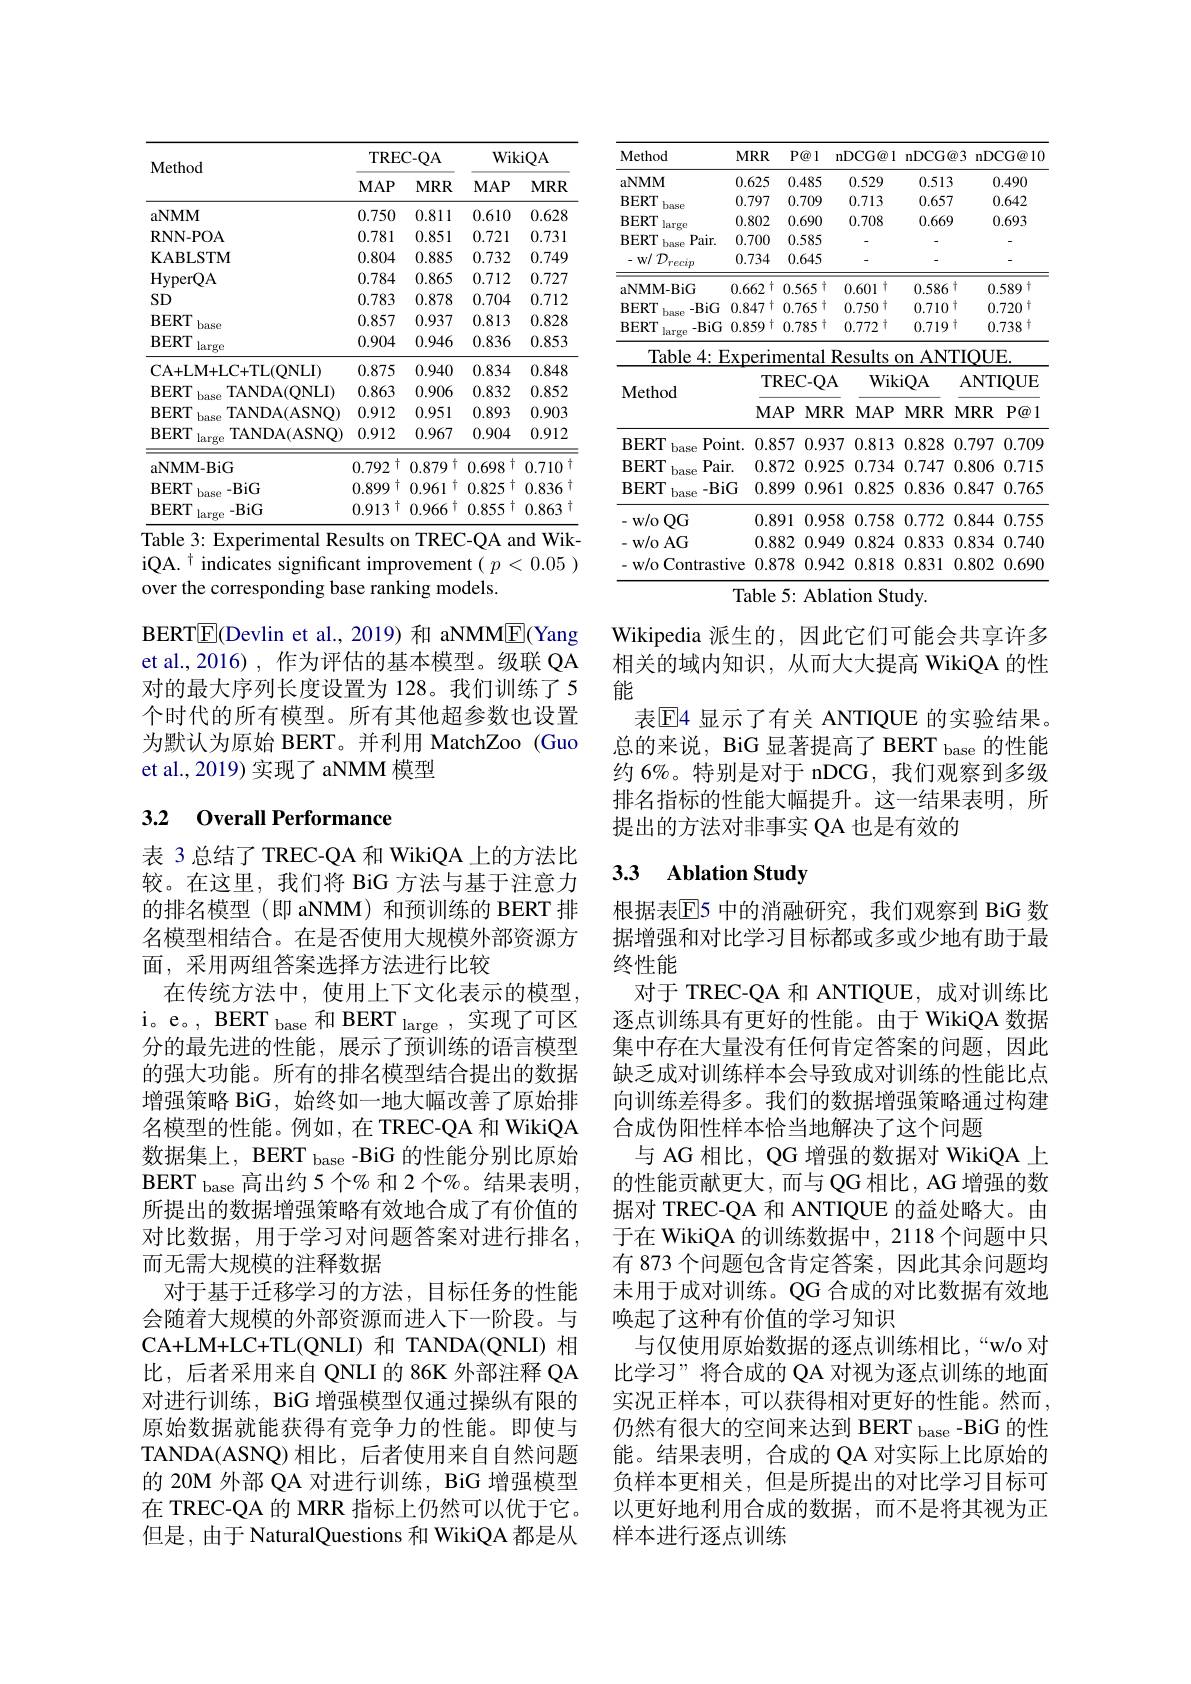
<table>
	<tbody>
		<tr>
			<th rowspan="2">Method</th>
			<th colspan="2">TREC- QA</th>
			<th colspan="2">WikiQA</th>
		</tr>
		<tr>
			<th>$MAP$</th>
			<th>$MRR$</th>
			<th>$MAP$</th>
			<th>$MRR$</th>
		</tr>
		<tr>
			<td>aNMM</td>
			<td>0.750</td>
			<td>0.811</td>
			<td>0.610</td>
			<td>0.628</td>
		</tr>
		<tr>
			<td>RNN- POA</td>
			<td>0.781</td>
			<td>0.851</td>
			<td>0.721</td>
			<td>0.731</td>
		</tr>
		<tr>
			<td>KABLSTM</td>
			<td>0.804</td>
			<td>0.885</td>
			<td>0.732</td>
			<td>0.749</td>
		</tr>
		<tr>
			<td>HyperQA</td>
			<td>0.784</td>
			<td>0.865</td>
			<td>0.712</td>
			<td>0.727</td>
		</tr>
		<tr>
			<td>SD</td>
			<td>0.783</td>
			<td>0.878</td>
			<td>0.704</td>
			<td>0.712</td>
		</tr>
		<tr>
			<td>$\mathbf{BERT}$</td>
			<td>0.857</td>
			<td>0.937</td>
			<td>0.813</td>
			<td>0.828</td>
		</tr>
		<tr>
			<td>$\mathbf{BERT}$ large</td>
			<td>0.904</td>
			<td>0.946</td>
			<td>0.836</td>
			<td>0.853</td>
		</tr>
		<tr>
			<td>CA+ LM+ LC+ TL( ONLI) </td>
			<td>0.875</td>
			<td>0.940</td>
			<td>0.834</td>
			<td>0.848</td>
		</tr>
		<tr>
			<td>$\mathbf{BERT}$ TANDA(ONLI)</td>
			<td>0.863</td>
			<td>0.906</td>
			<td>0.832</td>
			<td>0.852</td>
		</tr>
		<tr>
			<td>$\mathbf{BERT}$ TANDA(ASNO)</td>
			<td>0.912</td>
			<td>0.951</td>
			<td>0.893</td>
			<td>0.903</td>
		</tr>
		<tr>
			<td>$\mathbf{BERT}$ TANDA(ASNQ) large</td>
			<td>0.912</td>
			<td>0.967</td>
			<td>0.904</td>
			<td>0.912</td>
		</tr>
		<tr>
			<td>$\mathbf{aNMM-BiG}$</td>
			<td>$\dagger$ 0.792</td>
			<td>0.879 $\dagger$</td>
			<td>+ 0.698 </td>
			<td>0.710</td>
		</tr>
		<tr>
			<td>$\mathbf{BERT}$ base $-BiG$</td>
			<td>0.899 $\dagger$</td>
			<td>0.961 十</td>
			<td> 0.825</td>
			<td>0.836</td>
		</tr>
		<tr>
			<td>$\mathbf{BERT}$ large $-BiG$</td>
			<td>0.913 十</td>
			<td>0.966 、广</td>
			<td>0.855 $:T$</td>
			<td>0.863</td>
		</tr>
	</tbody>
</table>
Table 3: Experimental Results on TREC-QA and Wik-

$\mathrm{iQA.~}^{\dagger}$ indicates significant improvement( $p<0.05)$
over the corresponding base ranking models.

BERT$\boxed{\mathrm{E}}$(Devlin et al.,2019)和 aNMME(Yang et al., 2016), 作为评估的基本模型。级联 QA 对的最大序列长度设置为 128。我们训练了 5个时代的所有模型。所有其他超参数也设置为默认为原始 BERT。并利用 MatchZoo (Guo et al., 2019) 实现了 aNMM 模型

# 3.2 Overall Performance

表 3 总结了 TREC-QA 和 WikiQA 上的方法比较。在这里，我们将 BiG 方法与基于注意力的排名模型(即 aNMM)和预训练的 BERT 排名模型相结合。在是否使用大规模外部资源方面，采用两组答案选择方法进行比较
在传统方法中，使用上下文化表示的模型i。e。, BERT $_\mathrm{base}$和 BERT large ,实现了可区分的最先进的性能，展示了预训练的语言模型的强大功能。所有的排名模型结合提出的数据增强策略 BiG, 始终如一地大幅改善了原始排名模型的性能。例如，在 TREC-QA 和 WikiQA 数据集上，BERT base -BiG 的性能分别比原始$\mathrm{BERT}_{\mathrm{base}}$高出约5个%和2个%。结果表明， 所提出的数据增强策略有效地合成了有价值的对比数据，用于学习对问题答案对进行排名， 而无需大规模的注释数据
对于基于迁移学习的方法，目标任务的性能会随着大规模的外部资源而进入下一阶段。与CA+LM+LC+TL(QNLI) 和 TANDA(QNLI) 相比，后者采用来自 QNLI 的 86K 外部注释 QA 对进行训练，BiG 增强模型仅通过操纵有限的原始数据就能获得有竞争力的性能。即使与TANDA(ASNQ)相比，后者使用来自自然问题的 20M 外部 QA 对进行训练，BiG 增强模型在 TREC-QA 的 MRR 指标上仍然可以优于它。但是，由于 NaturalQuestions 和 WikiQA 都是从

<table>
	<tbody>
		<tr>
			<th>Method T</th>
			<th>$1RR$</th>
			<th>$P@1$</th>
			<th>DCG@ l</th>
			<th>nDCG</th>
			<th>$j@3$ n</th>
			<th>${\mathrm{DCG@10}}$</th>
		</tr>
		<tr>
			<td>aNMM $C$</td>
			<td>.625</td>
			<td>0.485</td>
			<td>0.529</td>
			<td>0.515</td>
			<td>13</td>
			<td>0.490</td>
		</tr>
		<tr>
			<td>BERT base</td>
			<td>797</td>
			<td>0.709</td>
			<td>0.713</td>
			<td>0.657</td>
			<td>57</td>
			<td>0.642</td>
		</tr>
		<tr>
			<td>BERT large</td>
			<td>802</td>
			<td>0.690</td>
			<td>0.708</td>
			<td>0.665</td>
			<td>69</td>
			<td>0.693</td>
		</tr>
		<tr>
			<td>$\mathbf{BERT}$ $Pair.$ base</td>
			<td>.700</td>
			<td>0.585</td>
			<td> </td>
			<td> </td>
			<td> </td>
			<td> </td>
		</tr>
		<tr>
			<td>- $w/$ ${\mathcal{D} }_{recip}$ 1</td>
			<td>734</td>
			<td>0.645</td>
			<td>-</td>
			<td>-</td>
			<td> </td>
			<td></td>
		</tr>
		<tr>
			<td>$aNMM-BiG$ 0.</td>
			<td>662 $\dagger$</td>
			<td>0.565+</td>
			<td>十 0.601</td>
			<td>0.586</td>
			<td>$6\uparrow$</td>
			<td>0.589 2+</td>
		</tr>
		<tr>
			<td>$\mathbf{BERT}$ $-BiG$ 0. base</td>
			<td>$\dagger$ 847</td>
			<td>0.765 5</td>
			<td>0.750 17</td>
			<td>0.710</td>
			<td>十 0</td>
			<td>0.720 1+</td>
		</tr>
		<tr>
			<td>BERT $-BiG$ 0 large</td>
			<td>859</td>
			<td>5+ 0.785</td>
			<td>0.772 十</td>
			<td>0.719</td>
			<td>十 9 </td>
			<td>0.738 </td>
		</tr>
		<tr>
			<td>Table 4: Ex</td>
			<td>oerim</td>
			<td>tental F</td>
			<td>cesults</td>
			<td>$1ANr$ Dn </td>
			<td>$VTIQ$</td>
			<td>$JE.$</td>
		</tr>
		<tr>
			<td rowspan="2">Method</td>
			<td>$TRI$</td>
			<td>$EC-QA$</td>
			<td>Wik</td>
			<td>iQA</td>
			<td>$AN$</td>
			<td>$\operatorname{TIQUE}$</td>
		</tr>
		<tr>
			<td>$MAI$</td>
			<td>$P$ $MRI$</td>
			<td>$MAP$</td>
			<td>$MRR$</td>
			<td>$MRI$ $\Delta$</td>
			<td>$P@1$ $\mathbb{R}$</td>
		</tr>
		<tr>
			<td>Point $\mathbf{BERT}$ base</td>
			<td>0.85</td>
			<td>0.93 $i7$</td>
			<td>0.813</td>
			<td>0.828</td>
			<td>0.79 </td>
			<td>7 0.709</td>
		</tr>
		<tr>
			<td>$\mathbf{BERT}$ $Pair.$ base</td>
			<td>0.87.</td>
			<td>$^{\prime}2$ 0.92</td>
			<td>0.734</td>
			<td>0.747</td>
			<td>0.80</td>
			<td>6 0.715</td>
		</tr>
		<tr>
			<td>$\mathbf{BERT}$ $-BiG$ base</td>
			<td>0.89!</td>
			<td>0.96 19</td>
			<td>0.825</td>
			<td>0.836</td>
			<td>0.84 5</td>
			<td>0.765 7</td>
		</tr>
		<tr>
			<td>$w/o$ $QG$ ,</td>
			<td>0.89</td>
			<td>11 0.95</td>
			<td>0.758</td>
			<td>0.772</td>
			<td>0.84 2 11</td>
			<td>4 0.755 </td>
		</tr>
		<tr>
			<td>w/o AG</td>
			<td>0.88.</td>
			<td>:2 0.94</td>
			<td>0.824</td>
			<td>0.833</td>
			<td>0.83 5</td>
			<td>4 0.740</td>
		</tr>
		<tr>
			<td>w/o Contrastive</td>
			<td>0.87:</td>
			<td>0.94 $^{\prime}8$</td>
			<td>0.818</td>
			<td>0.831</td>
			<td>0.80</td>
			<td>0.690 2</td>
		</tr>
	</tbody>
</table>
Table 5: Ablation Study.

Wikipedia 派生的，因此它们可能会共享许多相关的域内知识，从而大大提高 WikiQA 的性能
表$\operatorname{E}$4 显示了有关 ANTIQUE 的实验结果。总的来说，BiG 显著提高了 BERT base 的性能约 6%。特别是对于 nDCG, 我们观察到多级排名指标的性能大幅提升。这一结果表明，所提出的方法对非事实 QA 也是有效的

### 3.3 Ablation Study

根据表$\overline{\mathrm{E}}$5 中的消融研究，我们观察到 BiG 数据增强和对比学习目标都或多或少地有助于最终性能
对于 TREC-QA 和 ANTIQUE, 成对训练比逐点训练具有更好的性能。由于 WikiQA 数据集中存在大量没有任何肯定答案的问题，因此缺乏成对训练样本会导致成对训练的性能比点向训练差得多。我们的数据增强策略通过构建合成伪阳性样本恰当地解决了这个问题
与 AG 相比，QG 增强的数据对 WikiQA 上的性能贡献更大，而与 QG 相比，AG 增强的数据对 TREC-QA 和 ANTIQUE 的益处略大。由于在 WikiQA 的训练数据中，2118 个问题中只有 873 个问题包含肯定答案，因此其余问题均末用于成对训练。QG 合成的对比数据有效地唤起了这种有价值的学习知识
与仅使用原始数据的逐点训练相比，“w/o 对比学习”将合成的 QA 对视为逐点训练的地面实况正样本，可以获得相对更好的性能。然而仍然有很大的空间来达到 BERT base -BiG 的性能。结果表明，合成的 QA 对实际上比原始的负样本更相关，但是所提出的对比学习目标可以更好地利用合成的数据，而不是将其视为正样本进行逐点训练